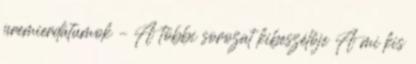
premierdátumok – A többi sorozat kibeszélője A mi kis